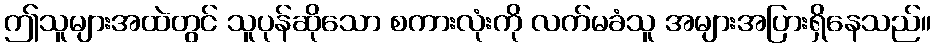
ဤသူများအထဲတွင် သူပုန်ဆိုသော စကားလုံးကို လက်မခံသူ အများအပြားရှိနေသည်။